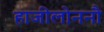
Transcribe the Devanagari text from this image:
हाजीलोननौ